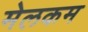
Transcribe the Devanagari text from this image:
मेलकम